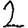
Digit: 2